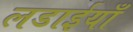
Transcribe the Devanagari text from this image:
लडाईयाँ